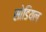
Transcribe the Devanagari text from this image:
सोडियल